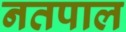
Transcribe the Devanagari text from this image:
नतपाल